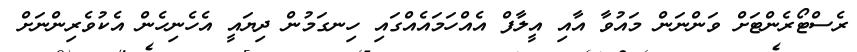
ރެސްޓޯރެންޓަށް ވަންނަން މައުވާ އާއި އީލާފް އެއްހަމައެއްގައި ހިނގަމުން ދިޔައީ އެހެނިހެން އެކުވެރިންނަށް